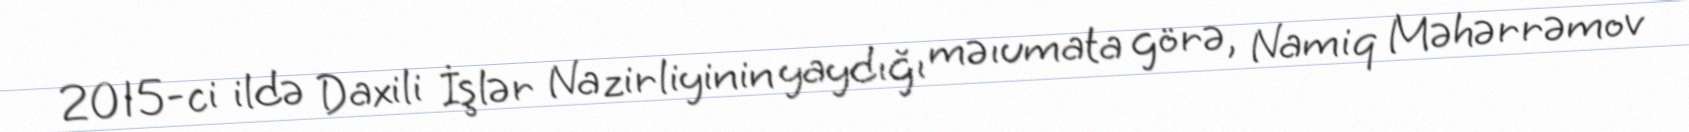
2015-ci ildə Daxili İşlər Nazirliyinin yaydığı məıumata görə, Namiq Məhərrəmov